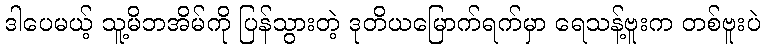
ဒါပေမယ့် သူ့မိဘအိမ်ကို ပြန်သွားတဲ့ ဒုတိယမြောက်ရက်မှာ ရေသန့်ဗူးက တစ်ဗူးပဲ